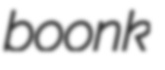
boonk